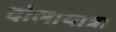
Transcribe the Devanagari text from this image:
दोलायात्रा